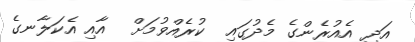
އަދި އެއުރެންގެ މެދުގައި  ކުރެއްވުމަށް  އާއި އެކަލާނގެ